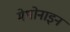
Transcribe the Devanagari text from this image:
मेथोनाइन